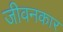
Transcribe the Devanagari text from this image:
जीवनकार